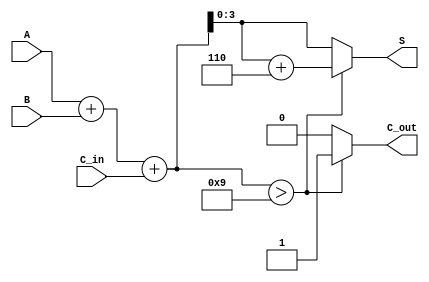
module BCD_Fast_Adder (
    input  wire [3:0] A,        // First BCD digit
    input  wire [3:0] B,        // Second BCD digit
    input  wire C_in,           // Carry input
    output reg  [3:0] S,        // BCD sum output
    output reg  C_out           // Carry output
);
    
    wire [4:0] S_bin;           // 5-bit sum for overflow
    wire correction;            // Correction flag

    // Step 1: Binary addition
    assign S_bin = A + B + C_in; // 4-bit inputs + 1-bit carry

    // Step 2: Check for BCD correction
    assign correction = S_bin > 9;

    // Step 3: Generate BCD result and carry-out
    always @(*) begin
        if (correction) begin
            S = S_bin + 4'd6;  // Apply correction
            C_out = 1;         // Set carry out
        end else begin
            S = S_bin[3:0];     // No correction needed
            C_out = 0;         // No carry out
        end
    end
    
endmodule